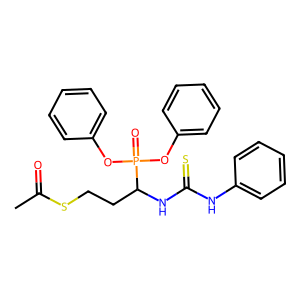
SMILES: CC(=O)SCCC(NC(=S)Nc1ccccc1)P(=O)(Oc1ccccc1)Oc1ccccc1
Inhibits HIV replication: No